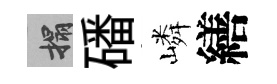
搨磻嶙繕